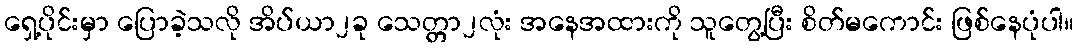
ရှေ့ပိုင်းမှာ ပြောခဲ့သလို အိပ်ယာ၂ခု သေတ္တာ၂လုံး အနေအထားကို သူတွေ့ပြီး စိတ်မကောင်း ဖြစ်နေပုံပါ။